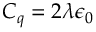
C _ { q } = 2 \lambda \epsilon _ { 0 }